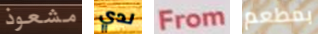
مشعوذ لدي From بمطعم